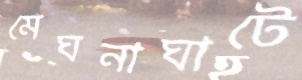
মেঘনাঘাটে